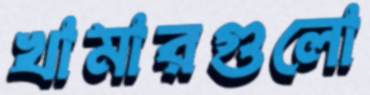
খামারগুলো